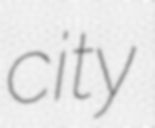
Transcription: city